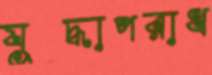
যুদ্ধাপরাধ